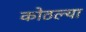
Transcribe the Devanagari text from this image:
कोठल्या